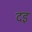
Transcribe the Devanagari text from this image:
दइ